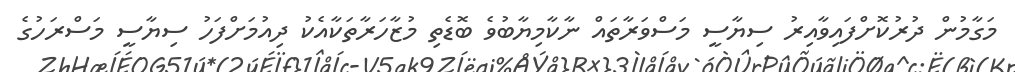
މަގާމުން ދުރުކޮށްފައިވާއިރު ސިޔާސީ މަސްވަރާތައް ނާކާމިޔާބުވެ ބޮޑެތި މުޒާހަރާތަކާއެކު ދިއުމަށްފަހު ސިޔާސީ މަސްރަހުގެ